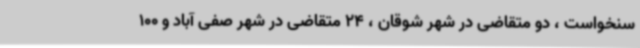
سنخواست ، دو متقاضی در شهر شوقان ، 24 متقاضی در شهر صفی آباد و 100